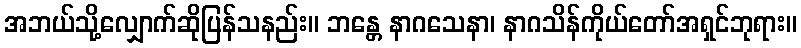
အဘယ်သို့လျှောက်ဆိုပြန်သနည်း။ ဘန္တေ နာဂသေနာ၊ နာဂသိန်ကိုယ်တော်အရှင်ဘုရား။